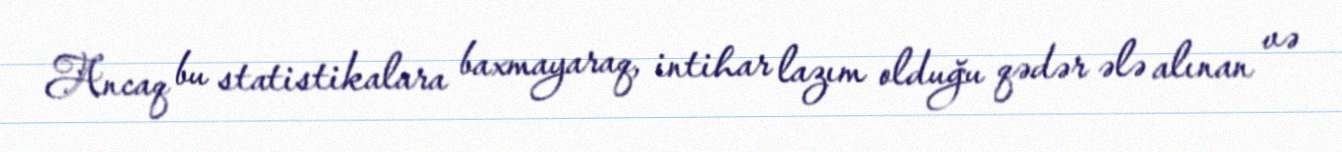
Ancaq bu statistikalara baxmayaraq, intihar lazım olduğu qədər ələ alınan və